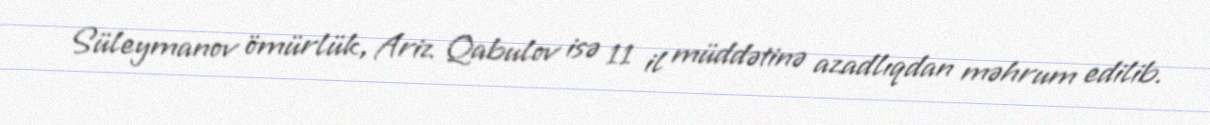
Süleymanov ömürlük, Ariz Qabulov isə 11 il müddətinə azadlıqdan məhrum edilib.